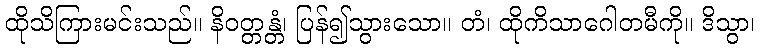
ထိုသိကြားမင်းသည်။ နိဝတ္တန္တံ၊ ပြန်၍သွားသော။ တံ၊ ထိုကိသာဂေါတမီကို။ ဒိသွာ၊